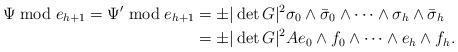
LaTeX: \begin{align*}\Psi \bmod e_{h+1} =\Psi' \bmod e_{h+1} &= \pm |\det G|^2\sigma_0\wedge \bar{\sigma}_0\wedge \cdots \wedge \sigma_h\wedge \bar{\sigma}_h \\&= \pm |\det G|^2Ae_0\wedge f_0\wedge \cdots \wedge e_h\wedge f_h.\end{align*}